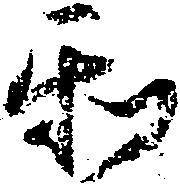
和